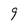
Character: 9